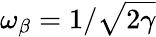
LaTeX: \omega_{\beta}=1/\sqrt{2\gamma}